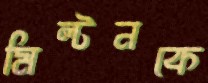
মিল্টনকে